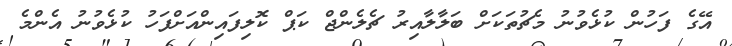
އޭގެ ފަހުން ކުޅެވުނު މެޗުތަކަށް ބަލާލާއިރު ޗެލެންޖް ކަޕް ކޮލިފައިންއަށްފަހު ކުޅެވުނު އެންމެ